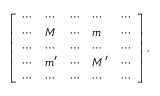
\begin{array} { r } { \left[ \begin{array} { l l l l l } { \cdots } & { \cdots } & { \cdots } & { \cdots } & { \cdots } \\ { \cdots } & { M } & { \cdots } & { m } & { \cdots } \\ { \cdots } & { \cdots } & { \cdots } & { \cdots } & { \cdots } \\ { \cdots } & { m ^ { \prime } } & { \cdots } & { M ^ { \prime } } & { \cdots } \\ { \cdots } & { \cdots } & { \cdots } & { \cdots } & { \cdots } \end{array} \right] , } \end{array}